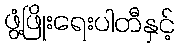
ဖွံ့ဖြိုးရေးပါတီနှင့်